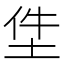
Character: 𡋚